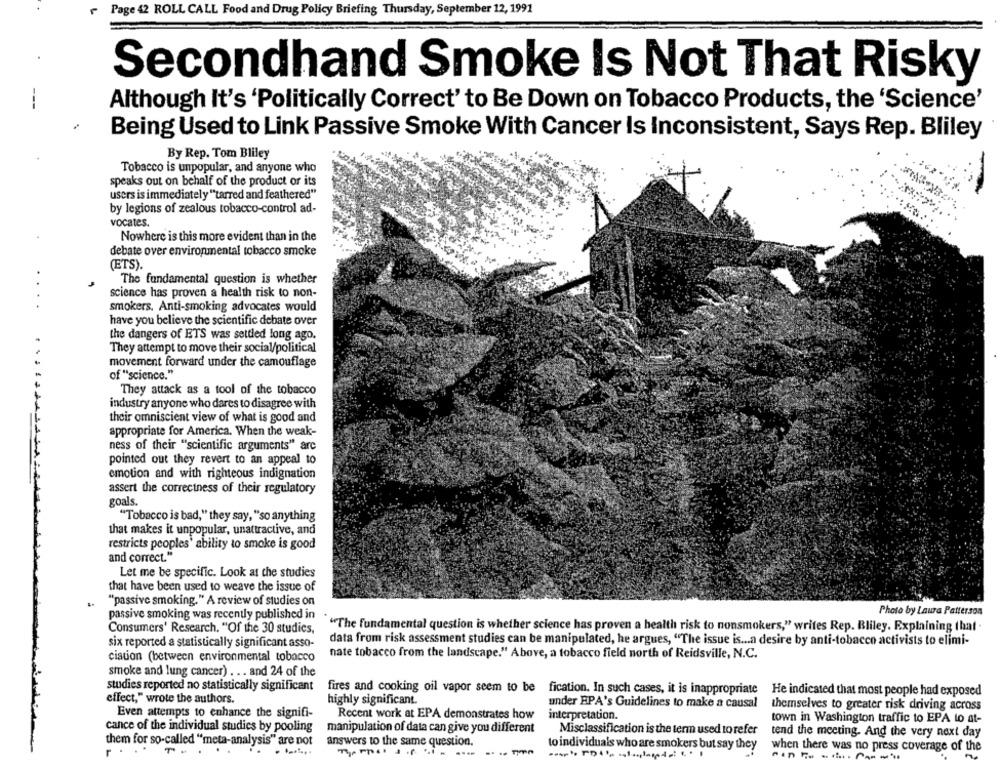
Page 42 ROLL CALL Food and Drug Policy Briefing Thursday, September 12, 1991
Secondhand Smoke Is Not That Risky
Although It's 'Politically Correct' to Be Down on Tobacco Products, the 'Science'
Being Used to Link Passive Smoke With Cancer Is Inconsistent, Says Rep. Bliley
By Rep. Tom Bliley
Tobacco is unpopular, and anyone who
speaks out on behalf of the product or its
users is immediately "tarred and feathered"
by legions of zealous tobacco-control ad-
vocates.
Nowhere is this more evident than in the
debate over environmental tobacco smoke
(ETS).
The fundamental question is whether
science has proven a health risk to non-
smokers. Anti-smoking advocates would
have you believe the scientific debate over
the dangers of ETS was settled long ago.
They attempt to move their social/political
movement forward under the camouflage
of "science."
They attack as a tool of the tobacco
industry anyone who dares to disagree with
their omniscient view of what is good and
appropriate for America. When the weak-
ness of their "scientific arguments" arc
pointed out they revert to an appeal to
emotion and with righteous indignation
assert the correctness of their regulatory
goals.
"Tobacco is bad," they say, "so anything
that makes it unpopular, unattractive, and
restricts peoples' ability to smoke is good
and correct."
Let me be specific. Look at the studies
that have been used to weave the issue of
""passive smoking." A review of studies on
passive smoking was recently published in
Photo by Laura Patterson
Consumers' Research. "Of the 30 studies,
"The fundamental question is whether science has proven a health risk to nonsmokers," writes Rep. Bliley. Explaining that
six reported a statistically significant asso-
data from risk assessment studies can be manipulated, he argues, "The issue is ... a desire by anti-tobacco activists to elimi-
nate tobacco from the landscape." Above, a tobacco field north of Reidsville, N.C.
ciation (between environmental tobacco
smoke and lung cancer) . .. and 24 of the
studies reported no statistically significant
fires and cooking oil vapor seem to be
fication. In such cases, it is inappropriate
He indicated that most people had exposed
effect," wrote the authors.
highly significant.
under EPA's Guidelines to make a causal
themselves to greater risk driving across
Even attempts to enhance the signifi-
Recent work at EPA demonstrates how
interpretation.
town in Washington traffic to EPA to at-
cance of the individual studies by pooling
manipulation of data can give you different
Misclassification is the term used to refer
tend the meeting. And the very next day
them for so-called "meta-analysis" are not
answers to the same question.
to individuals who are smokers but say they
when there was no press coverage of the
-------